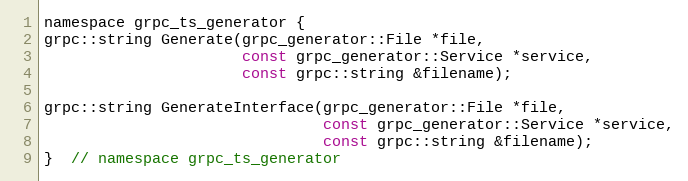
Language: C
namespace grpc_ts_generator {
grpc::string Generate(grpc_generator::File *file,
                      const grpc_generator::Service *service,
                      const grpc::string &filename);

grpc::string GenerateInterface(grpc_generator::File *file,
                               const grpc_generator::Service *service,
                               const grpc::string &filename);
}  // namespace grpc_ts_generator